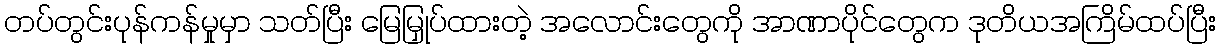
တပ်တွင်းပုန်ကန်မှုမှာ သတ်ပြီး မြေမြှုပ်ထားတဲ့ အလောင်းတွေကို အာဏာပိုင်တွေက ဒုတိယအကြိမ်ထပ်ပြီး